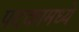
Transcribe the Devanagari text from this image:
पदकामध्ये